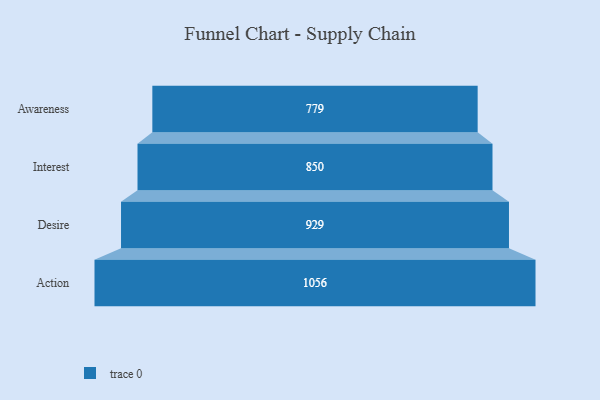
{"axis": {"x": "Stage", "y": "Value"}, "legend": [""], "data": [{"x": "Awareness", "y": 779.0, "type": ""}, {"x": "Interest", "y": 850.0, "type": ""}, {"x": "Desire", "y": 929.0, "type": ""}, {"x": "Action", "y": 1056.0, "type": ""}]}